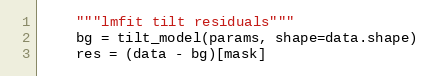
Language: Python
    """lmfit tilt residuals"""
    bg = tilt_model(params, shape=data.shape)
    res = (data - bg)[mask]